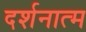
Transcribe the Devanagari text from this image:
दर्शनात्म